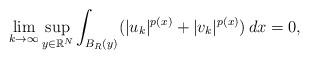
LaTeX: \begin{align*} \lim_{k\to \infty}\sup_{y \in \mathbb{R}^{N}}\int_{B_{R}(y)}(|u_k|^{p(x)}+|v_k|^{p(x)})\,dx=0,\end{align*}